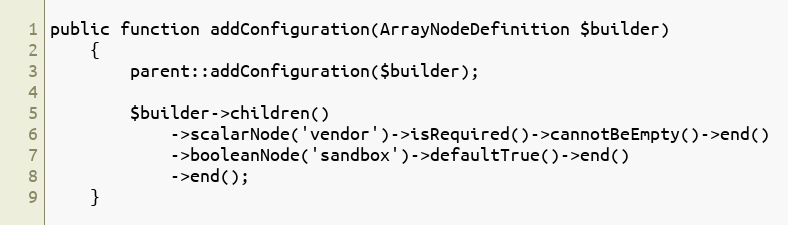
Language: PHP
public function addConfiguration(ArrayNodeDefinition $builder)
    {
        parent::addConfiguration($builder);

        $builder->children()
            ->scalarNode('vendor')->isRequired()->cannotBeEmpty()->end()
            ->booleanNode('sandbox')->defaultTrue()->end()
            ->end();
    }